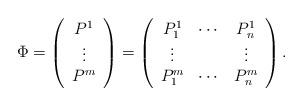
LaTeX: \begin{align*}\Phi=\left(\begin{array}{c}P^1\\\vdots\\P^m\end{array}\right)=\left(\begin{array}{ccc}P^1_1 & \cdots & P^1_n\\\vdots & & \vdots\\P^m_1 & \cdots & P^m_n\end{array}\right).\end{align*}